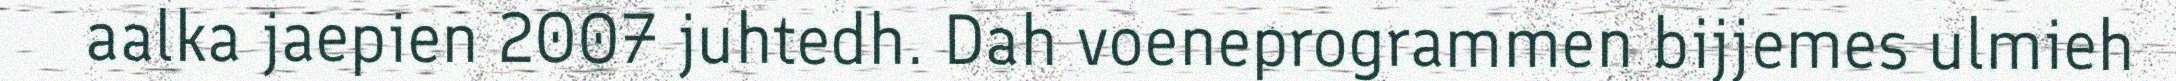
aalka jaepien 2007 juhtedh. Dah voeneprogrammen bijjemes ulmieh